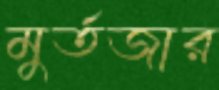
মুর্তজার